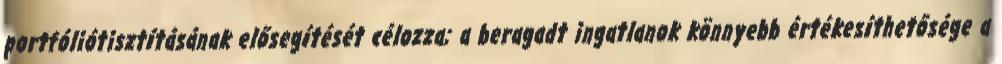
portfóliótisztításának elősegítését célozza; a beragadt ingatlanok könnyebb értékesíthetősége a